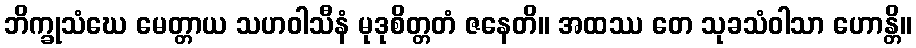
ဘိက္ခုသံဃေ မေတ္တာယ သဟဝါသီနံ မုဒုစိတ္တတံ ဇနေတိ။ အထဿ တေ သုခသံဝါသာ ဟောန္တိ။